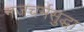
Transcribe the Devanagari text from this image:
गजचर्मसुद्धा